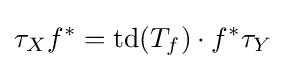
\tau _{X}f^{*}=\operatorname {td} (T_{f})\cdot f^{*}\tau _{Y}